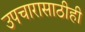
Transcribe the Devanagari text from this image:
उपचारासाठीही